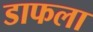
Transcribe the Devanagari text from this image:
डाफला